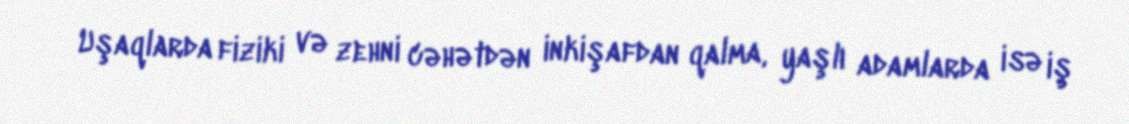
Uşaqlarda fiziki və zehni cəhətdən inkişafdan qalma, yaşlı adamlarda isə iş